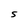
Character: S